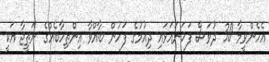
އެހެންވީމާ 30 ދުވަސް ފަހަނައަޅައި ދިއުމުގެ ފަހުން ބާއްވާ އިންތިހާބެއްގެ ނަތީޖާ އަކީ